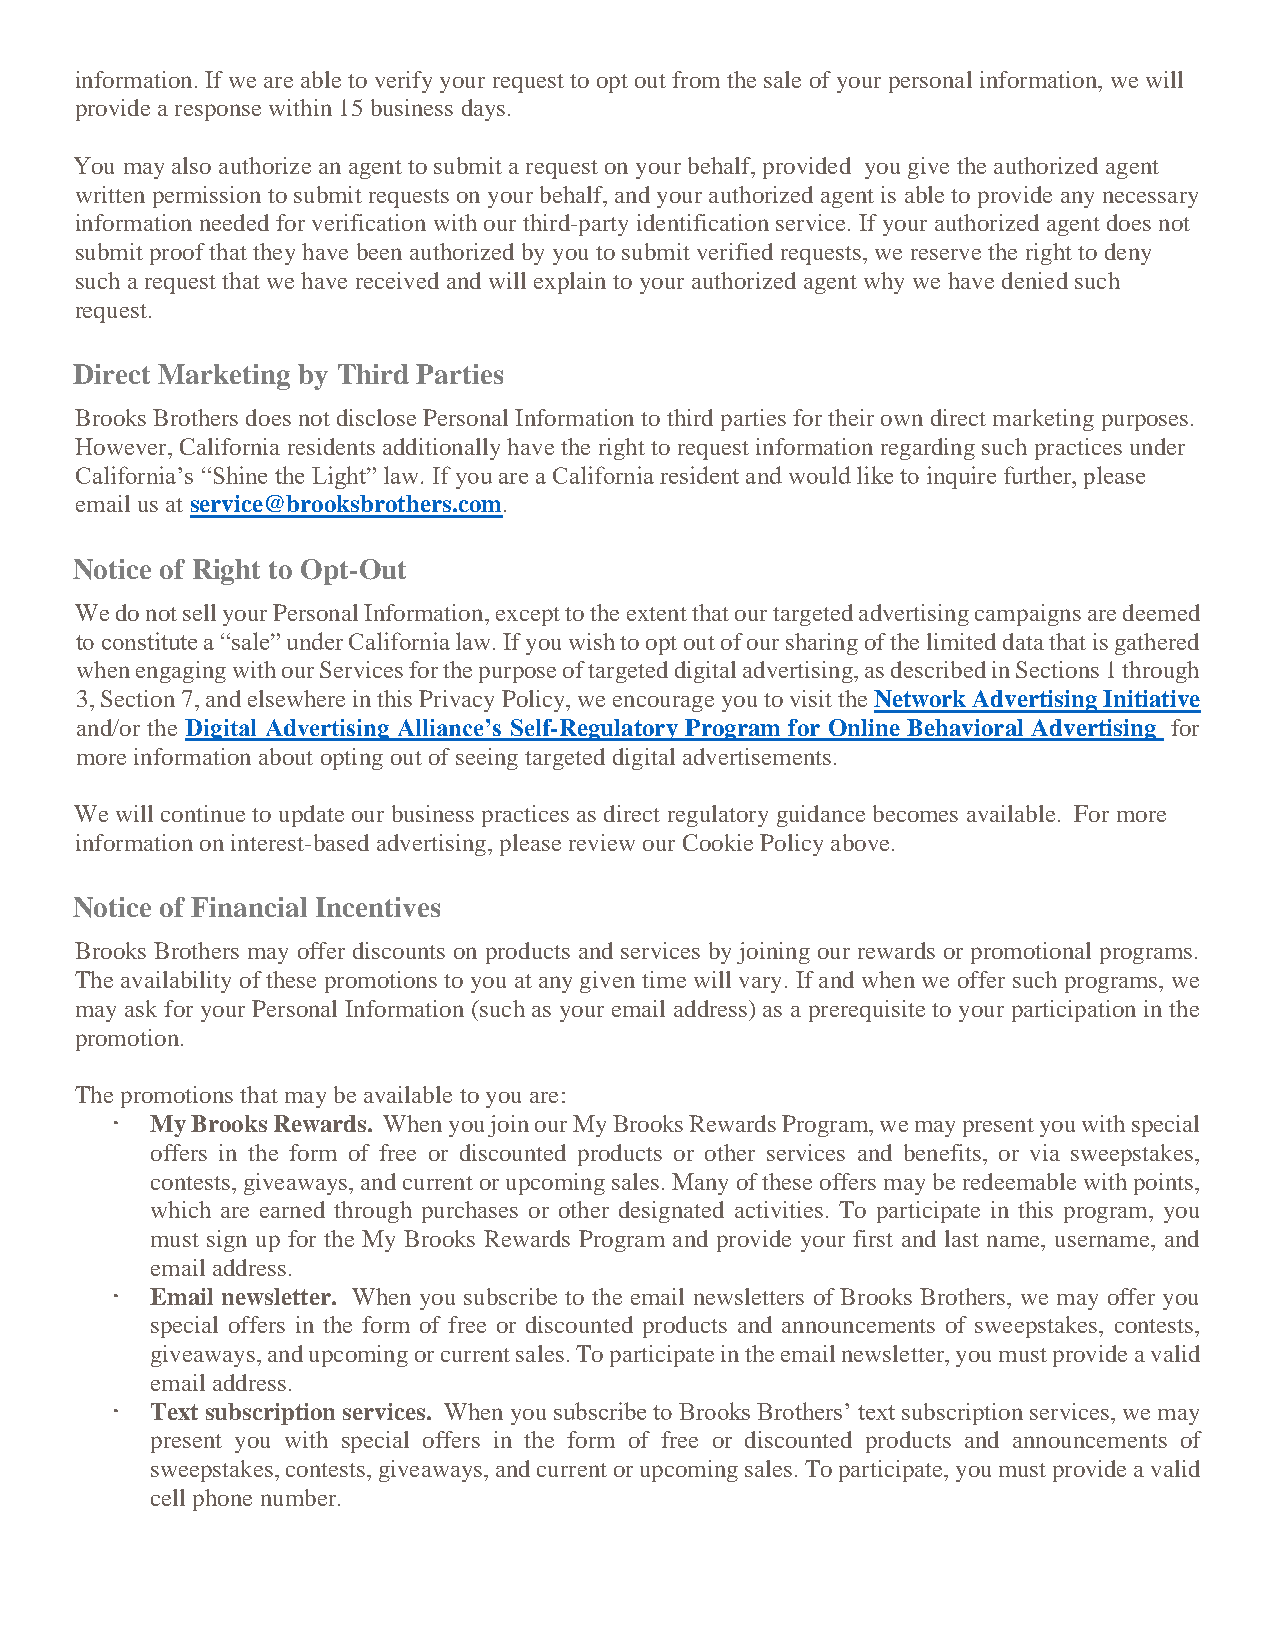
information. If we are able to verify your request to opt out from the sale of your personal information, we will
 provide a response within 15 business days.
 You may also authorize an agent to submit a request on your behalf, provided you give the authorized agent
 written permission to submit requests on your behalf, and your authorized agent is able to provide any necessary
 information needed for verification with our third-party identification service. If your authorized agent does not
 submit proof that they have been authorized by you to submit verified requests, we reserve the right to deny
 such a request that we have received and will explain to your authorized agent why we have denied such
 request.
 Direct Marketing by Third Parties
 Brooks Brothers does not disclose Personal Information to third parties for their own direct marketing purposes.
 However, California residents additionally have the right to request information regarding such practices under
 California’s “Shine the Light” law. If you are a California resident and would like to inquire further, please
 email us at service@brooksbrothers.com.
 Notice of Right to Opt-Out
 We do not sell your Personal Information, except to the extent that our targeted advertising campaigns are deemed
 to constitute a “sale” under California law. If you wish to opt out of our sharing of the limited data that is gathered
 when engaging with our Services for the purpose of targeted digital advertising, as described in Sections 1 through
 3, Section 7, and elsewhere in this Privacy Policy, we encourage you to visit the Network Advertising Initiative
 and/or the Digital Advertising Alliance’s Self-Regulatory Program for Online Behavioral Advertising for
 more information about opting out of seeing targeted digital advertisements.
 We will continue to update our business practices as direct regulatory guidance becomes available. For more
 information on interest-based advertising, please review our Cookie Policy above.
 Notice of Financial Incentives
 Brooks Brothers may offer discounts on products and services by joining our rewards or promotional programs.
 The availability of these promotions to you at any given time will vary. If and when we offer such programs, we
 may ask for your Personal Information (such as your email address) as a prerequisite to your participation in the
 promotion.
 The promotions that may be available to you are:
   My Brooks Rewards. When you join our My Brooks Rewards Program, we may present you with special
 offers in the form of free or discounted products or other services and benefits, or via sweepstakes,
 contests, giveaways, and current or upcoming sales. Many of these offers may be redeemable with points,
 which are earned through purchases or other designated activities. To participate in this program, you
 must sign up for the My Brooks Rewards Program and provide your first and last name, username, and
 email address.
   Email newsletter. When you subscribe to the email newsletters of Brooks Brothers, we may offer you
 special offers in the form of free or discounted products and announcements of sweepstakes, contests,
 giveaways, and upcoming or current sales. To participate in the email newsletter, you must provide a valid
 email address.
   Text subscription services. When you subscribe to Brooks Brothers’ text subscription services, we may
 present you with special offers in the form of free or discounted products and announcements of
 sweepstakes, contests, giveaways, and current or upcoming sales. To participate, you must provide a valid
 cell phone number.